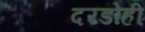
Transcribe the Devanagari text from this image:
दरडोही